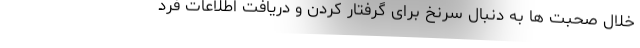
خلال صحبت ها به دنبال سرنخ برای گرفتار کردن و دریافت اطلاعات فرد